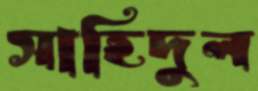
সাহিদুল